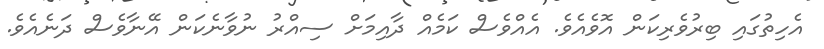
އެހިތުގައި ބިރުވެރިކަން އޮވެއެވެ. އެއްވެސް ކަމެއް ދާއިމަށް ސިއްރު ނުވާނެކަން އޭނާވެސް ދަނެއެވެ.